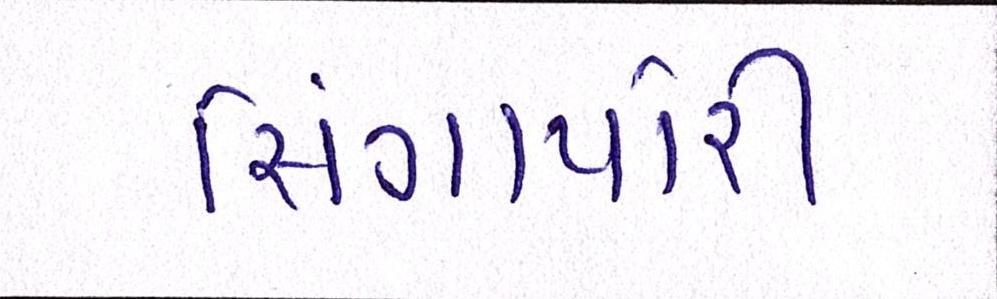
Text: સિંગાપોરી